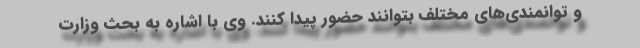
و توانمندی‌های مختلف بتوانند حضور پیدا کنند. وی با اشاره به بحث وزارت